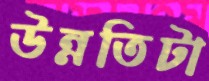
উন্নতিটা